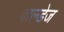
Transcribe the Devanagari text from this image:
वाल्डेज